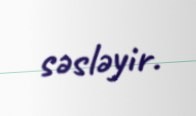
səsləyir.